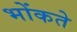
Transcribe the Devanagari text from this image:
भोंकते